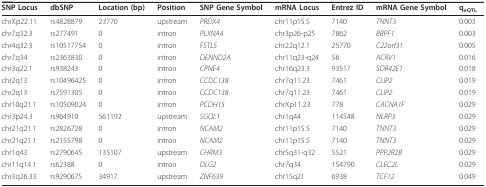
<table><thead><tr><td><b>SNP Locus</b></td><td><b>dbSNP</b></td><td><b>Location (bp)</b></td><td><b>Position</b></td><td><b>SNP Gene Symbol</b></td><td><b>mRNA Locus</b></td><td><b>Entrez ID</b></td><td><b>mRNA Gene Symbol</b></td><td><b>q<sub>eQTL</sub></b></td></tr></thead><tbody><tr><td>chrXp22.11</td><td>rs4828879</td><td>23770</td><td>upstream</td><td><i>PRDX4</i></td><td>chr11p15.5</td><td>7140</td><td><i>TNNT3</i></td><td>0.003</td></tr><tr><td>chr7q32.3</td><td>rs277491</td><td>0</td><td>intron</td><td><i>PLXNA4</i></td><td>chr3p26-p25</td><td>7862</td><td><i>BRPF1</i></td><td>0.003</td></tr><tr><td>chr4q32.3</td><td>rs10517754</td><td>0</td><td>intron</td><td><i>FSTL5</i></td><td>chr22q12.1</td><td>25770</td><td><i>C22orf31</i></td><td>0.005</td></tr><tr><td>chr7q34</td><td>rs2363830</td><td>0</td><td>intron</td><td><i>DENND2A</i></td><td>chr11q23-q24</td><td>56</td><td><i>ACRV1</i></td><td>0.016</td></tr><tr><td>chr3q22.1</td><td>rs938243</td><td>0</td><td>intron</td><td><i>CPNE4</i></td><td>chr16q23.3</td><td>93517</td><td><i>SDR42E1</i></td><td>0.018</td></tr><tr><td>chr2q13</td><td>rs10496425</td><td>0</td><td>intron</td><td><i>CCDC138</i></td><td>chr7q11.23</td><td>7461</td><td><i>CLIP2</i></td><td>0.019</td></tr><tr><td>chr2q13</td><td>rs7591305</td><td>0</td><td>intron</td><td><i>CCDC138</i></td><td>chr7q11.23</td><td>7461</td><td><i>CLIP2</i></td><td>0.019</td></tr><tr><td>chr10q21.1</td><td>rs10509024</td><td>0</td><td>intron</td><td><i>PCDH15</i></td><td>chrXp11.23</td><td>778</td><td><i>CACNA1F</i></td><td>0.029</td></tr><tr><td>chr3p24.3</td><td>rs964910</td><td>561192</td><td>upstream</td><td><i>SGOL1</i></td><td>chr1q44</td><td>114548</td><td><i>NLRP3</i></td><td>0.029</td></tr><tr><td>chr21q21.1</td><td>rs2826728</td><td>0</td><td>intron</td><td><i>NCAM2</i></td><td>chr11p15.5</td><td>7140</td><td><i>TNNT3</i></td><td>0.029</td></tr><tr><td>chr21q21.1</td><td>rs2155798</td><td>0</td><td>intron</td><td><i>NCAM2</i></td><td>chr11p15.5</td><td>7140</td><td><i>TNNT3</i></td><td>0.029</td></tr><tr><td>chr1q43</td><td>rs2790645</td><td>135107</td><td>upstream</td><td><i>CHRM3</i></td><td>chr5q31-q32</td><td>5521</td><td><i>PPP2R2B</i></td><td>0.029</td></tr><tr><td>chr11q14.1</td><td>rs62388</td><td>0</td><td>intron</td><td><i>DLG2</i></td><td>chr7q34</td><td>154790</td><td><i>CLEC2L</i></td><td>0.029</td></tr><tr><td>chr3q26.33</td><td>rs9290675</td><td>34917</td><td>upstream</td><td><i>ZNF639</i></td><td>chr15q21</td><td>6938</td><td><i>TCF12</i></td><td>0.049</td></tr></tbody></table>